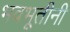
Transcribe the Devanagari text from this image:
भवभूतीनी